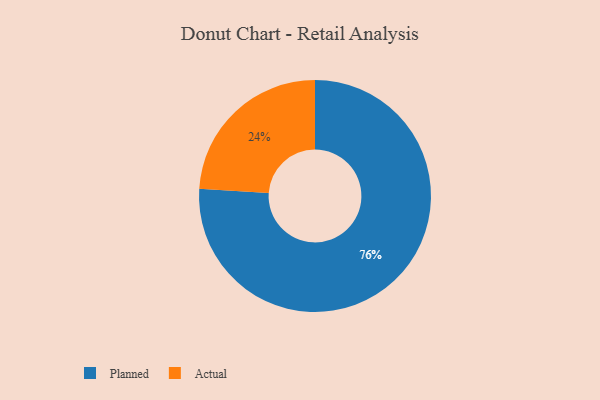
{"axis": {"x": "Category", "y": "Percentage"}, "legend": ["Actual", "Planned"], "data": [{"x": "Planned", "y": 76, "type": "Planned"}, {"x": "Actual", "y": 24, "type": "Actual"}]}